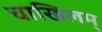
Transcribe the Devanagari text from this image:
चाखिलम्‌